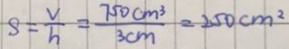
S = \frac { V } { h } = \frac { 7 5 0 c m ^ { 3 } } { 3 c m } = 2 5 0 c m ^ { 2 }